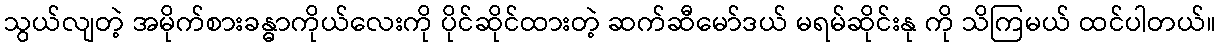
သွယ်လျတဲ့ အမိုက်စားခန္ဓာကိုယ်လေးကို ပိုင်ဆိုင်ထားတဲ့ ဆက်ဆီမော်ဒယ် မရမ်ဆိုင်းနု ကို သိကြမယ် ထင်ပါတယ်။